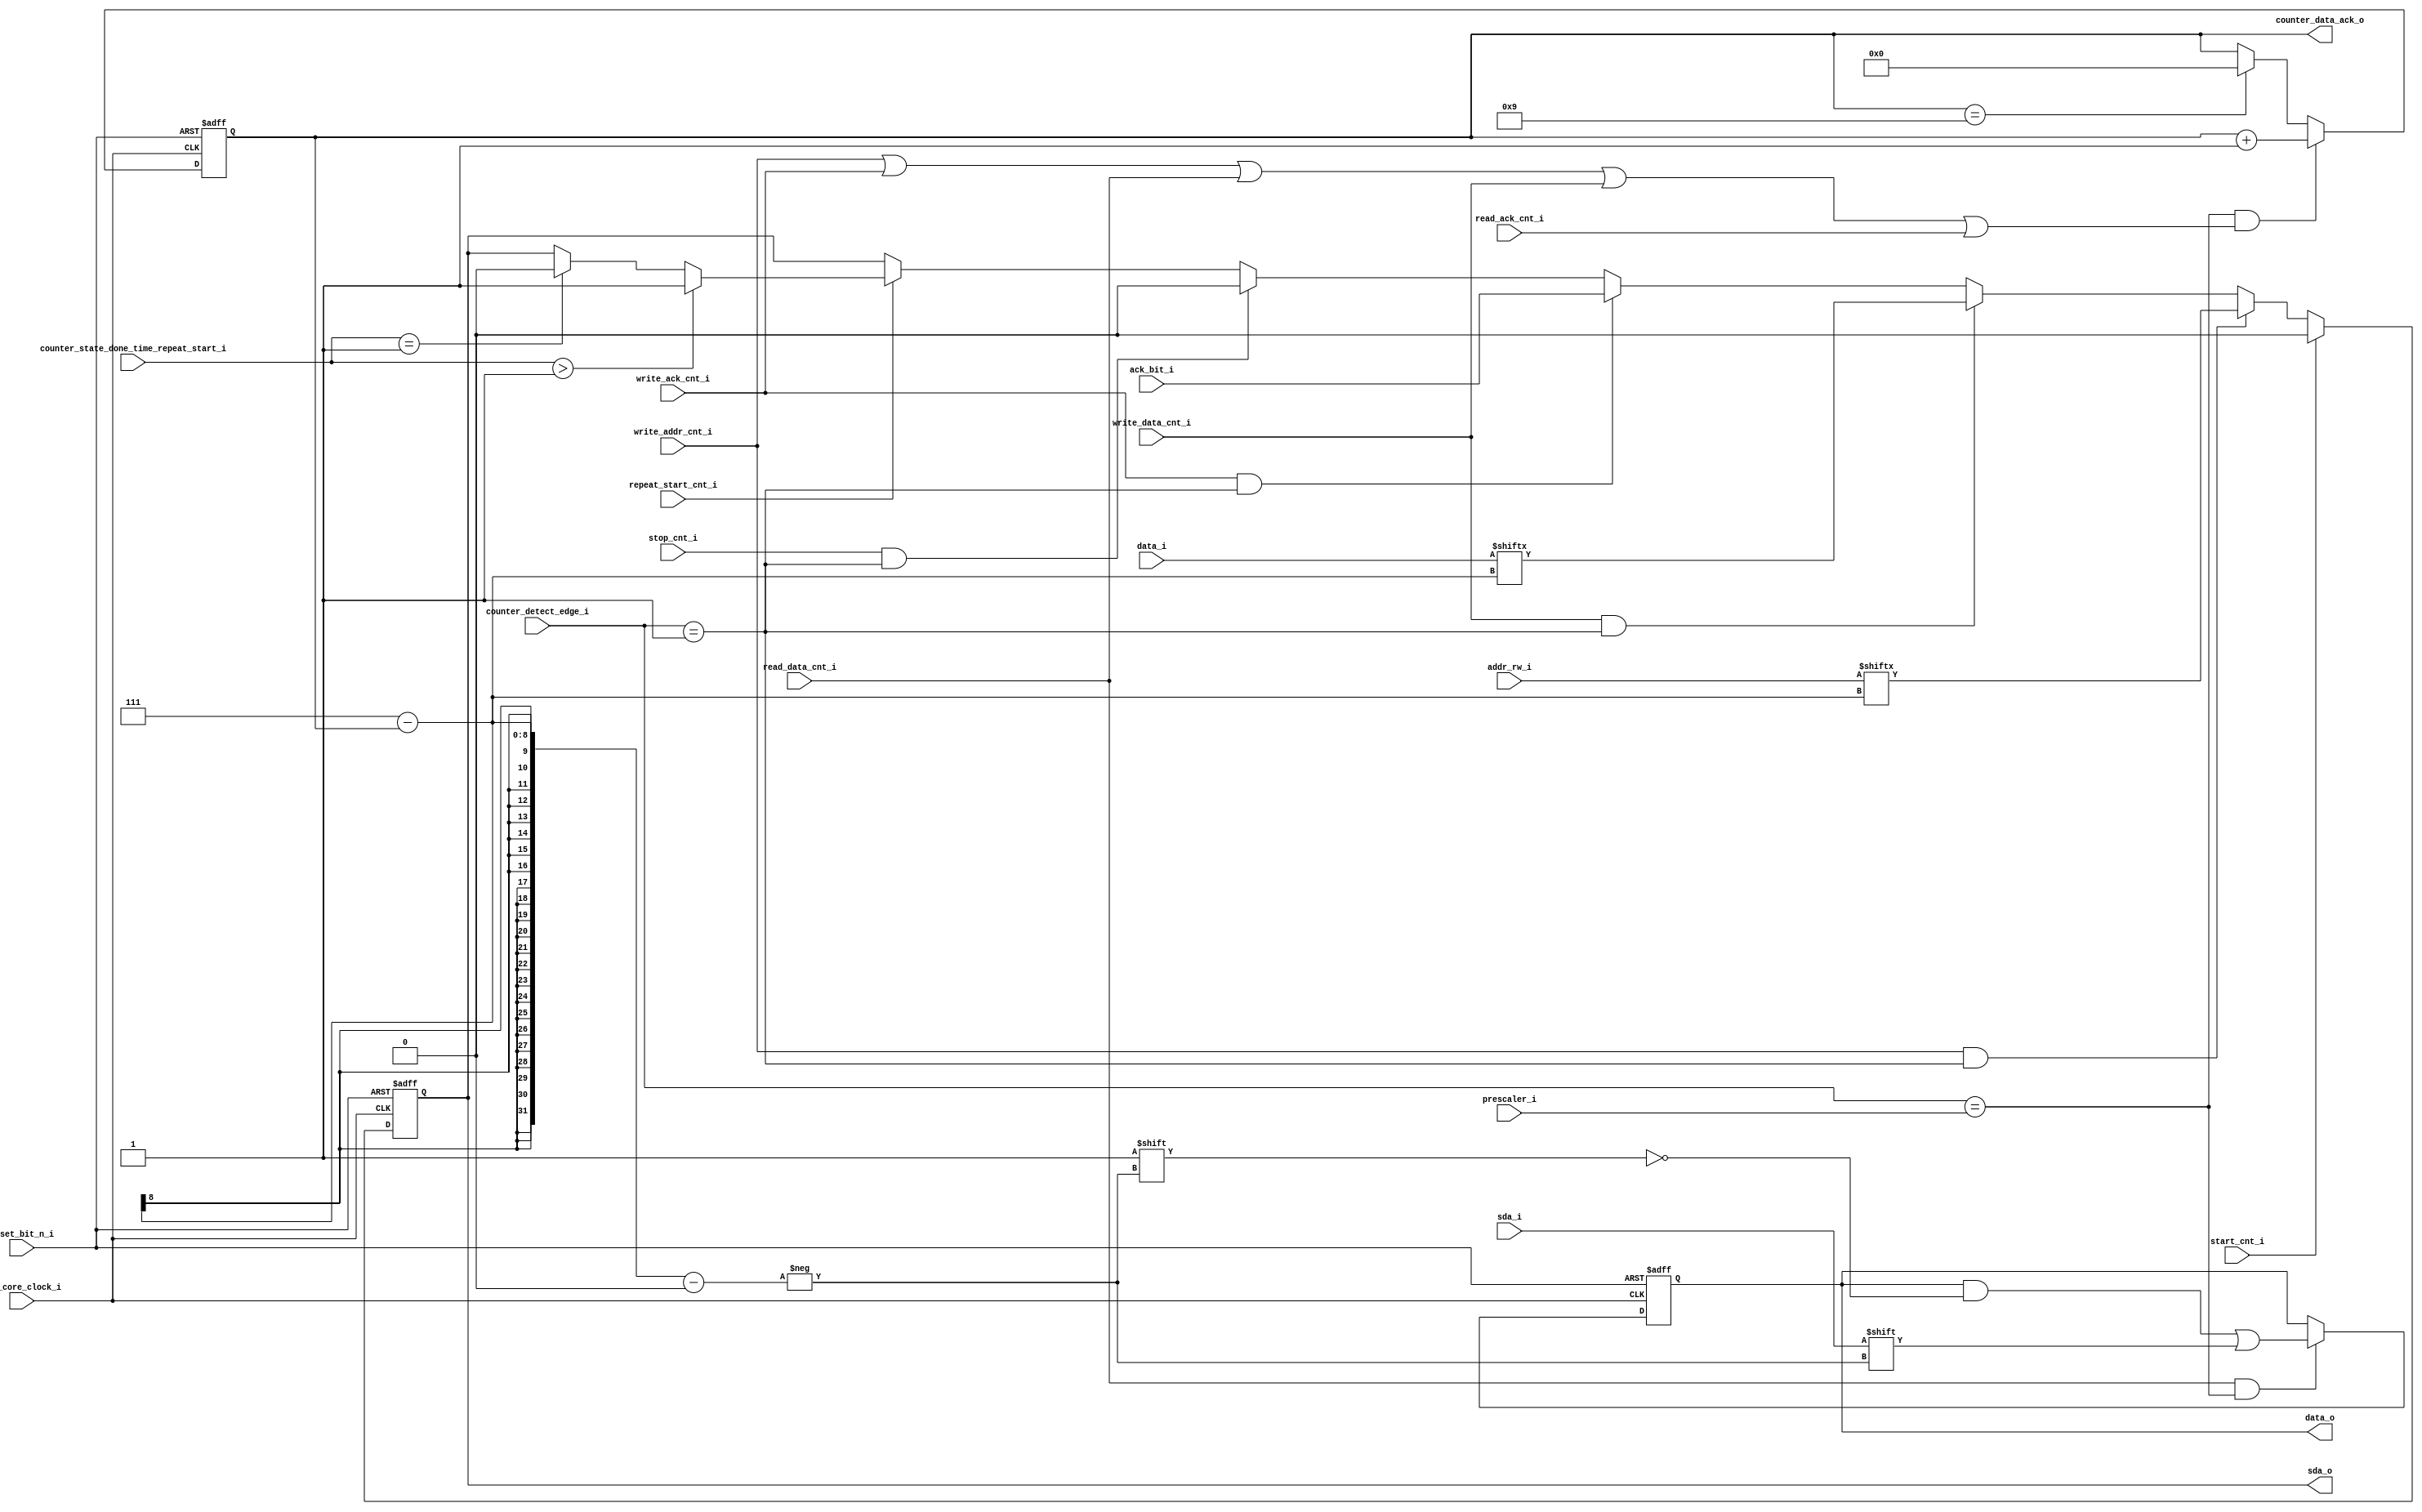
module i2c_data_path_block (
    input i2c_core_clock_i                                                                      ,
    input reset_bit_n_i                                                                         ,
    input sda_i                                                                                 ,
    input [7:0] data_i                                                                          ,
    input [7:0] addr_rw_i                                                                       ,
    input ack_bit_i                                                                             ,
    input start_cnt_i                                                                           ,
    input write_addr_cnt_i                                                                      ,
    input write_data_cnt_i                                                                      ,
    input read_data_cnt_i                                                                       ,
    input write_ack_cnt_i                                                                       ,
    input read_ack_cnt_i                                                                        ,
    input stop_cnt_i                                                                            ,
    input repeat_start_cnt_i                                                                    ,
    input [7:0] counter_state_done_time_repeat_start_i                                          ,
    input [7:0] counter_detect_edge_i                                                           ,
    input [7:0] prescaler_i                                                                     ,

    output sda_o                                                                                ,
    output reg [7:0] data_o                                                                     ,
    output reg [7:0] counter_data_ack_o
);
    reg temp_sda_o                                                                              ;
    assign sda_o = temp_sda_o                                                                   ; //update sda
    
    //handle counter data, ack
    always @(posedge i2c_core_clock_i, negedge reset_bit_n_i) 
    begin
        if (~reset_bit_n_i)
            counter_data_ack_o <= 0                                                             ;
        else  
        begin
            if (counter_data_ack_o == 9)
                counter_data_ack_o <= 0                                                         ;
            if (counter_detect_edge_i == prescaler_i &&                                //when posedge of scl
                (write_addr_cnt_i || write_ack_cnt_i ||
                read_data_cnt_i || write_data_cnt_i || read_ack_cnt_i))
                counter_data_ack_o <= counter_data_ack_o + 1                                    ;
       end   
    end

    //handle sda when datapath write
    always @(posedge i2c_core_clock_i, negedge reset_bit_n_i) 
    begin
        if (~reset_bit_n_i)
            temp_sda_o <= 1                                                                     ;
        else
            begin
                if (start_cnt_i == 1)
                    temp_sda_o <= 0                                                             ;
                else if (write_addr_cnt_i && counter_detect_edge_i == 1)        // write addr after negedge of scl 1 i2c core clock
                    temp_sda_o <= addr_rw_i[7 - counter_data_ack_o]                             ;
                else if (write_data_cnt_i && counter_detect_edge_i == 1)        // write data after negedge of scl 1 i2c core clock
                    temp_sda_o <= data_i[7 - counter_data_ack_o]                                ;
                else if (write_ack_cnt_i && counter_detect_edge_i == 1)         // write ack after negedge of scl 1 i2c core clock
                    temp_sda_o <= ack_bit_i                                                     ;
                else if (stop_cnt_i && counter_detect_edge_i == 1)
                    temp_sda_o <= 0                                                             ;
                else if (repeat_start_cnt_i)
                    if (counter_state_done_time_repeat_start_i > 1)
                        temp_sda_o <= 1                                                         ;
                    else if (counter_state_done_time_repeat_start_i == 1)
                        temp_sda_o <= 0                                                         ;
            end
    end

    //handle when datapath read
    always @(posedge i2c_core_clock_i, negedge reset_bit_n_i) 
    begin
        if (~reset_bit_n_i)
            data_o <= 0                                                                         ;
        else
            if (read_data_cnt_i && counter_detect_edge_i == prescaler_i)
                data_o[7 - counter_data_ack_o] <= sda_i                                         ;
    end


endmodule